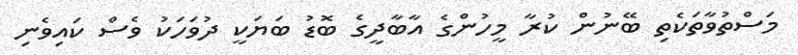
މަސްތުވާތަކެތި ބޭނުން ކުރާ މީހުންގެ އާބާދީގެ ބޮޑު ބަޔަކީ ދުވަހަކު ވެސް ކައިވެނި